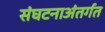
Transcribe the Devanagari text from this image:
संघटनाअंतर्गत